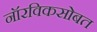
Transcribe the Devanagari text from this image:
नॉरविकसोबत